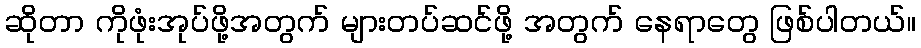
ဆိုတာ ကိုဖုံးအုပ်ဖို့အတွက် များတပ်ဆင်ဖို့ အတွက် နေရာတွေ ဖြစ်ပါတယ်။